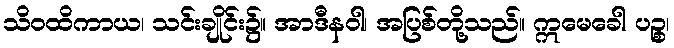
သိဝထိကာယ၊ သင်းချိုင်း၌။ အာဒီနဝါ၊ အပြစ်တို့သည်။ ဣမေခေါ ပဉ္စ၊